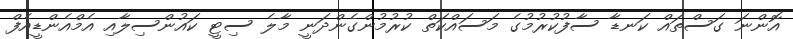
އޮންނަ ގަސްތައް ކަނޑާ ސާފުކުރުމުގެ މަސައްކަތް ކުރުމުންގެންދަނީ މާލެ ސިޓީ ކައުންސިލާއި އެމްއެންޑީއެފް